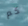
كم